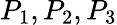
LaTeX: P_{1},P_{2},P_{3}